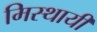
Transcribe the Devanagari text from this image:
मिस्थायी